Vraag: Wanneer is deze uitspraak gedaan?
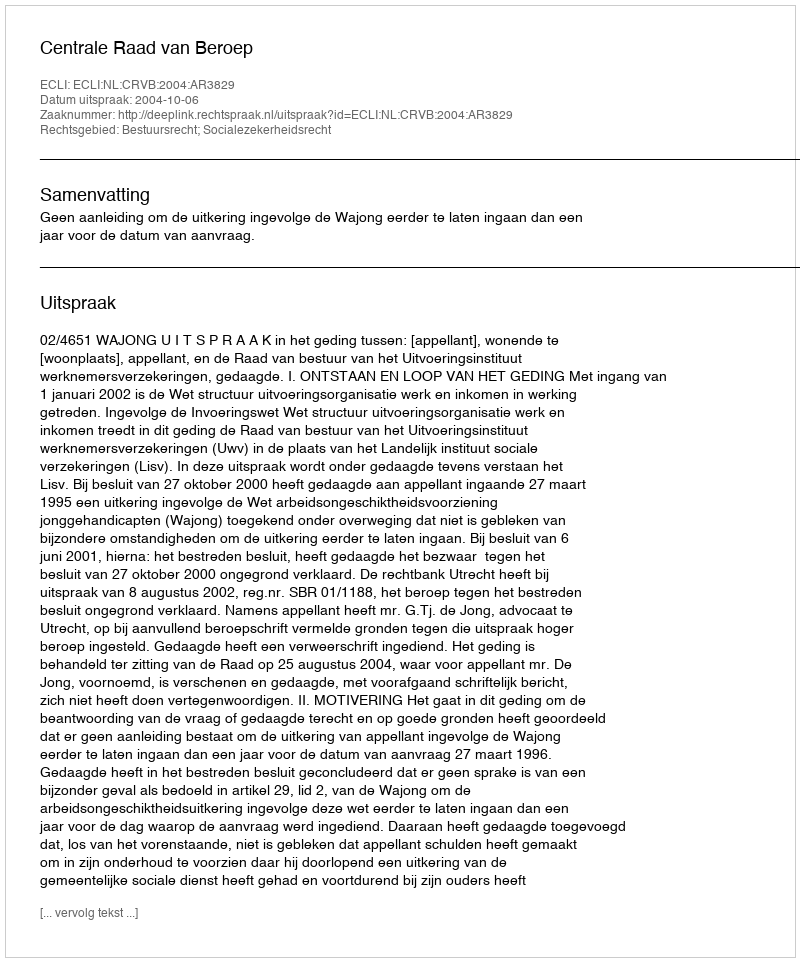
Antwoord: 2004-10-06